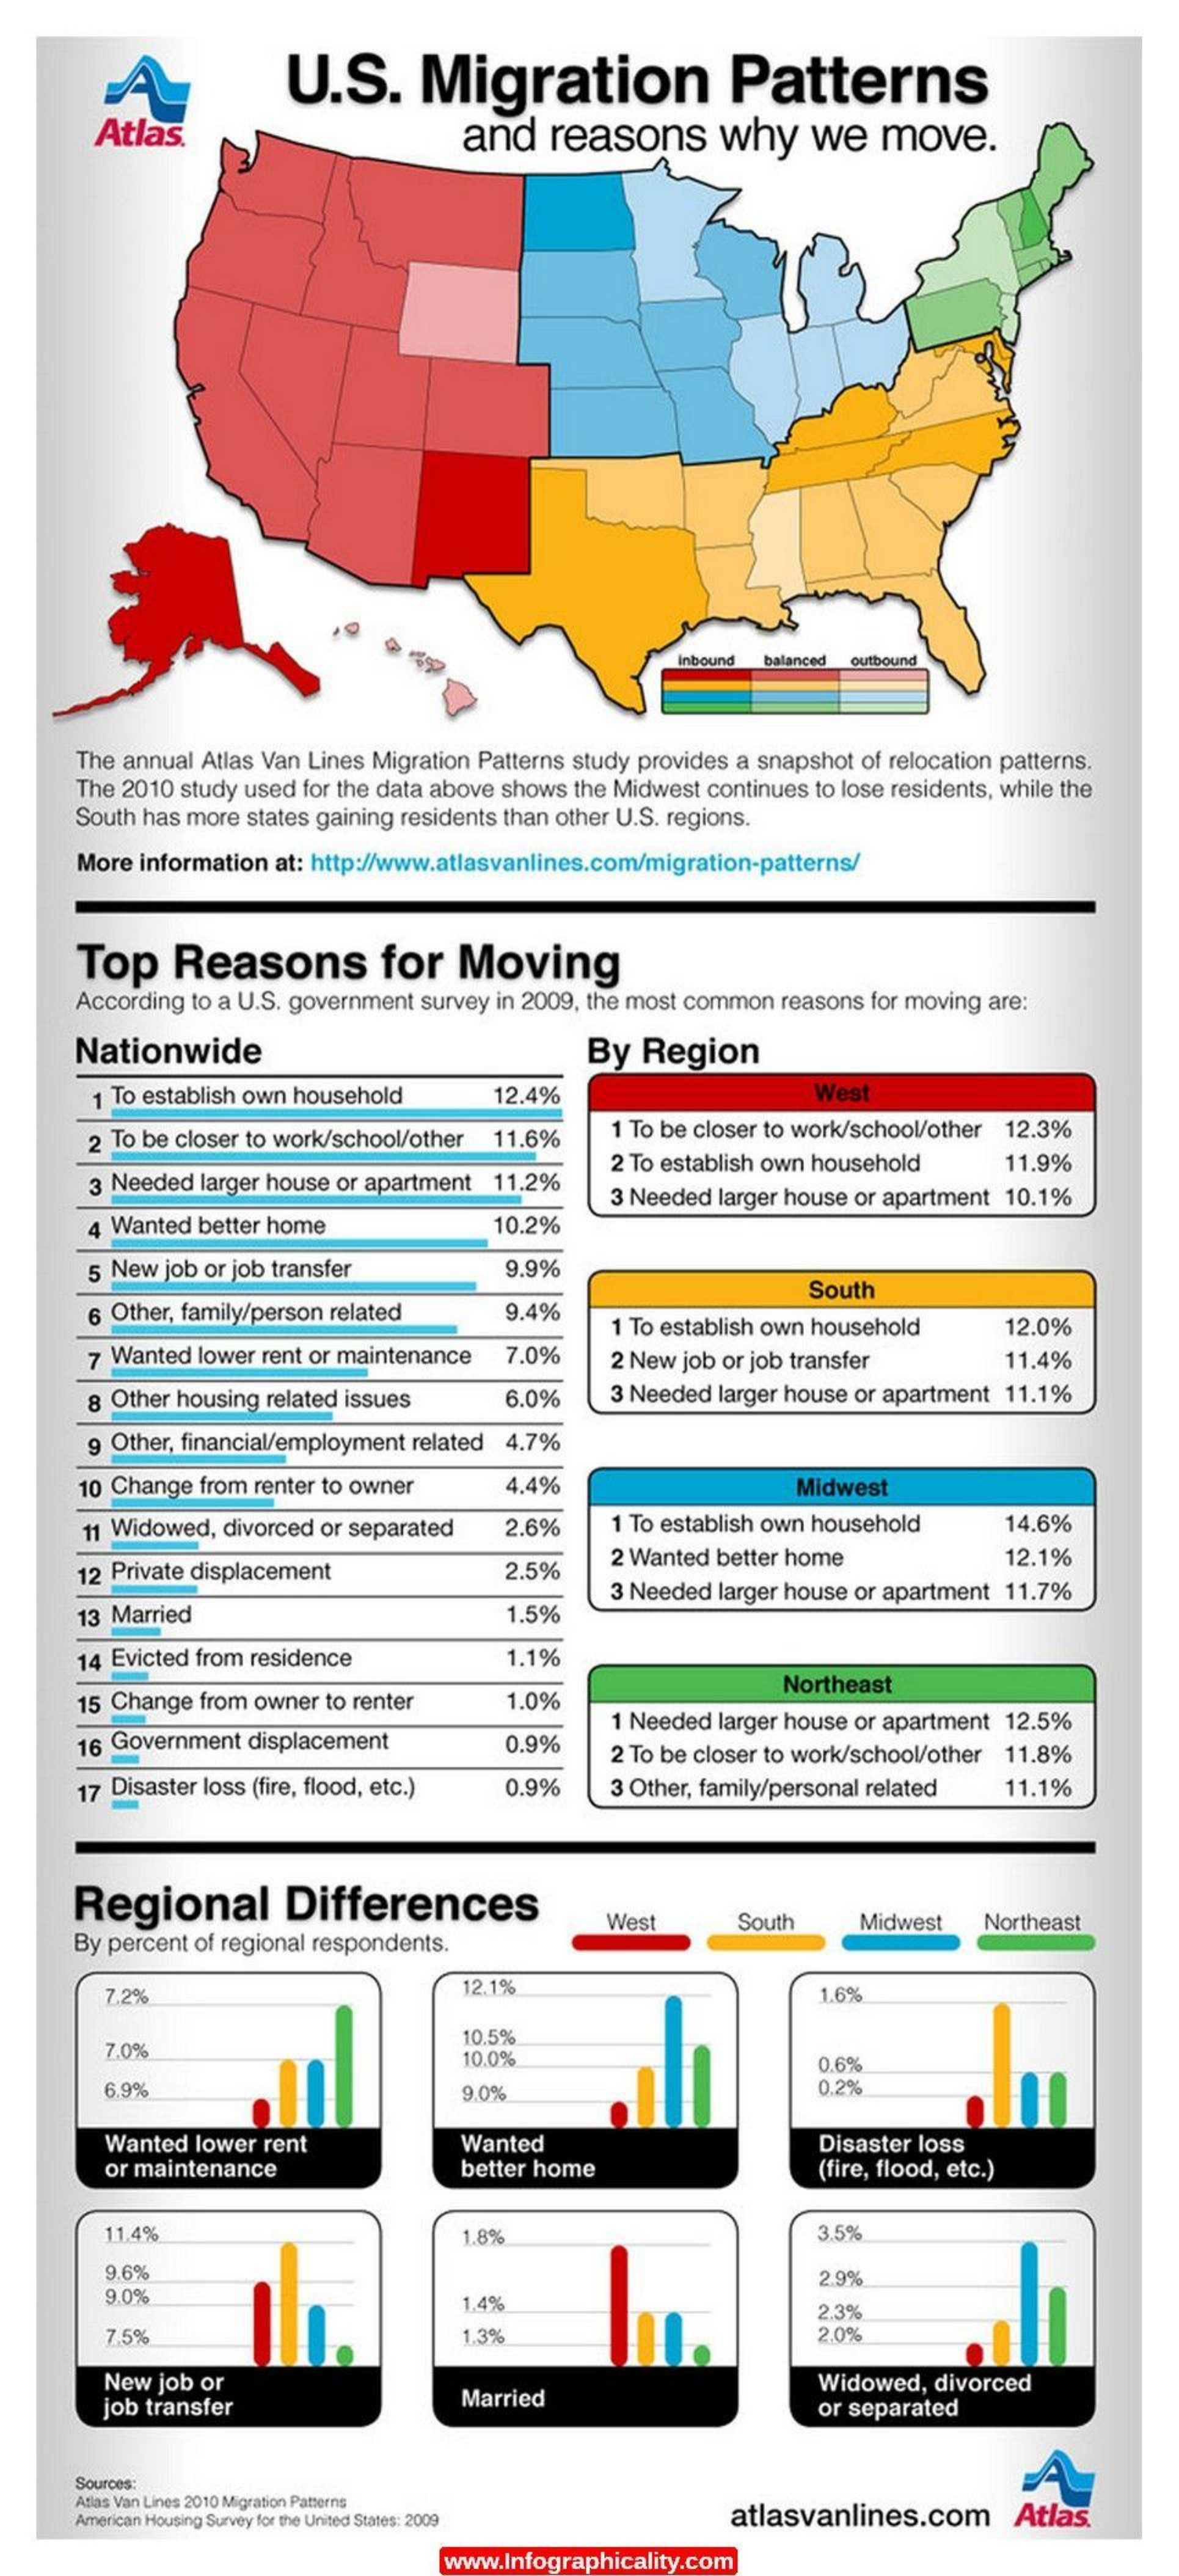
U.S.    Migration    Patterns
     Atlas.    and   reasons    why    we    move.
     balanced outbound
     The annual Atlas Van Lines Migration Patterns study provides a snapshot of relocation patterns.
     The 2010 study used for the data above shows the Midwest continues to lose residents, while the
     South has more states gaining residents than other U.S. regions.
     More information at: http://www.atlasvanlines.com/migration-patterns/
     Top    Reasons    for   Moving
     According to a U.S. government survey in 2009, the most common reasons for moving are:
     Nationwide    By  Region
     1 To establish own household    12.4%    West
     2 To be closer to work/school/other 11.6% 1 To be closer to work/school/other 12.3%
     3 Needed larger house or apartment 11.2%
     2 To establish own household    11.9%
     3 Needed larger house or apartment 10.1%
     4 Wanted better home    10.2%
     5 New job or job transfer    9.9%
     6 Other, family/person related    9.4%
     South
     1 To establish own household    12.0%
     7 Wanted lower rent or maintenance 7.0%    2 New job or job transfer    11.4%
     8 Other housing related issues    6.0%    3 Needed larger house or apartment 11.1%
     9 Other, financial/employment related 4.7%
     10 Change from renter to owner    4.4%    Midwest
     11 Widowed, divorced or separated 2.6%    1 To establish own household   14.6%
     12 Private displacement    2.5%
     2 Wanted better home    12.1%
     3 Needed larger house or apartment 11.7%
     13 Married    1.5%
     14 Evicted from residence    1.1%
     15 Change from owner to renter    1.0%
     Northeast
     16 Government displacement
     1 Needed larger house or apartment 12.5%
     0.9%    2 To be closer to work/school/other 11.8%
     17 Disaster loss (fire, flood, etc.) 0.9% 3 Other, family/personal related 11.1%
     Regional    Differences
     By percent of regional respondents.
     West    South    Midwest   Northeast
     7.2%    12.1%    1.6%
     7.0%
     10.5%
     10.0%    0.6%
     6.9%    9.0%    0.2%
     Wanted lower rent    Wanted    Disaster loss
     or maintenance    better home    (fire, flood, etc.)
     11.4%    1.8%    3.5%
     9.6%
     9.0%
     2.9%
     1.4%    2.3%
     7.5%    1.3%    2.0%
     New job or    Widowed, divorced
     job transfer    Married    or separated
     Sources:
     Atlas Van Lines 2010 Migration Patterns
     American Housing Survey for the United States: 2009  atlasvanlines.com    Atlas.
     www.Infographicality.com